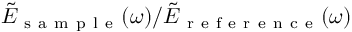
\tilde { E } _ { \mathrm { ~ s ~ a ~ m ~ p ~ l ~ e ~ } } ( \omega ) / \tilde { E } _ { \mathrm { ~ r ~ e ~ f ~ e ~ r ~ e ~ n ~ c ~ e ~ } } ( \omega )